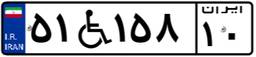
۶۳W۱۲۴۰۴